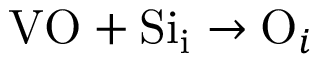
\mathrm { V O } + \mathrm { S i } _ { \mathrm { i } } \to \mathrm { O } _ { i }